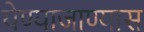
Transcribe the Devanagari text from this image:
येण्याजाण्यास